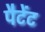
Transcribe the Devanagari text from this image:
पैटेंट